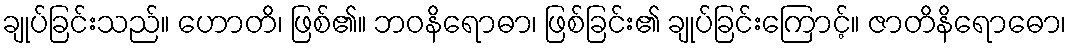
ချုပ်ခြင်းသည်။ ဟောတိ၊ ဖြစ်၏။ ဘဝနိရောဓာ၊ ဖြစ်ခြင်း၏ ချုပ်ခြင်းကြောင့်။ ဇာတိနိရောဓော၊